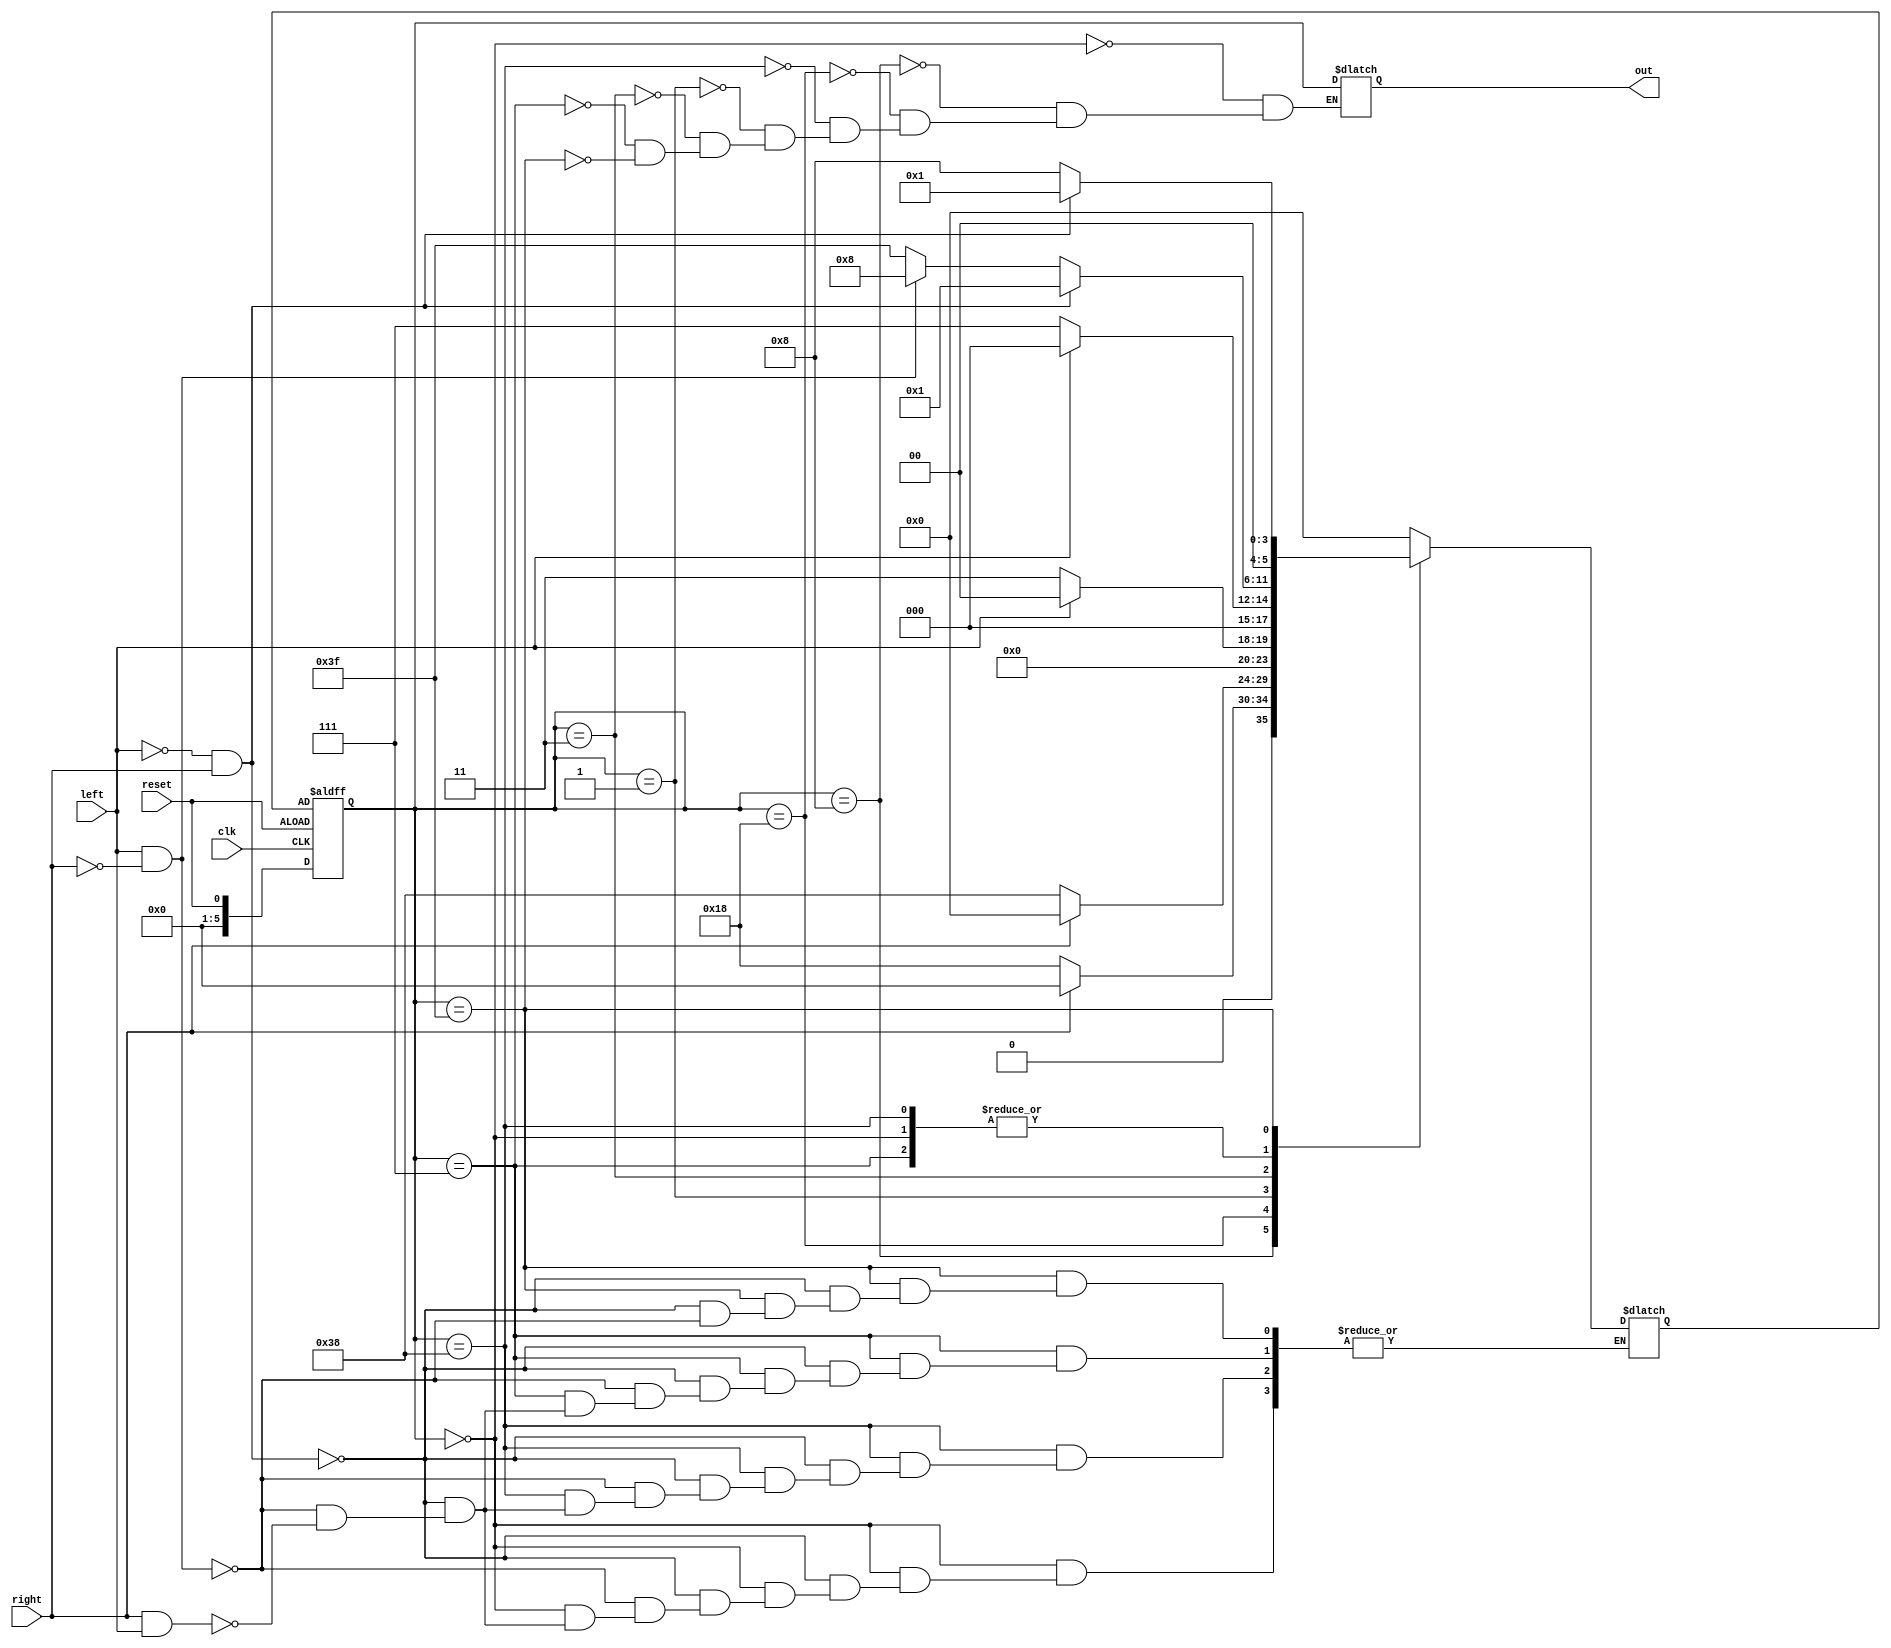
module thunderbird(left, right, reset, clk, out);
  input left, right, reset, clk;
  output reg[5:0] out;
  reg [5:0] state, n_state;

  // outputs
  parameter 
  R = 6'b000000, 
  LA = 6'b001000,
  LBLA = 6'b011000,
  LCLBLA = 6'b111000,
  RA = 6'b000001,
  RBRA = 6'b000011,
  RCRBRA = 6'b000111,
  LR = 6'b111111;

  always @ (posedge clk or negedge reset) 
  begin
    if(reset==1)
      state <= reset;
    else
      state <= n_state;
  end

  always @(right, left, state) 
  begin
    case(state)
      R: begin 
        // si l=0 y r=1 entonces n_state=RA, si l=1 y r=0 entonces n_state=LA, si ambos son 1 entonces n_state=LR
        out=state; if(left==1'b0 && right==1'b1) n_state=RA; else if(left==1'b1 && right==1'b0) n_state=LA; else if(right==1'b1 && left==1'b1) n_state=LR; 
      end
      LA: begin 
        // si r=0 entonces n_state=LBLA, si y r=1 entonces n_state=R
        out=state; if(right==1'b0) n_state=LBLA; else if(right==1'b1) n_state=R;
      end
      LBLA: begin 
        // si r=0 entonces n_state=LCLBLA si r=1 entonces n_state=R
        out=state; if(right==1'b0) n_state=LCLBLA; else if(right==1'b1) n_state=R; 
      end
      LCLBLA: begin 
        // si r=1 y l=0 entonces n_state=RA, si r=0 y l=1 n_state=LA, si ambos estn activos entonces n\_state=LR
        out=state; if(left==1'b0 && right==1'b1) n_state=RA; else if(left==1'b1 && right==1'b0) n_state=LA; else if(left==1'b1 && right==1'b1) n_state=LR;
      end
      RA: begin 
        // si l=0 entonces n_state=RBRA, si l=q n_state=R
        out=state; if(left==1'b0) n_state=RBRA; else if(left==1'b1) n_state=R;
      end
      RBRA: begin 
        // si l=0 entonces n_state=RCRBRA, si l=1 entonces n_state=R
        out=state; if(left==1'b0) n_state=RCRBRA; else if(left==1'b1) n_state=R; 
      end
      RCRBRA: begin 
        // si l=0 y r=1 entonces n_state=RA, si l=1 y r=0 entonces n_state=LA, si l=1 y r=1 entonces n_state=LR
        out=state; if(left==1'b0 && right==1'b1) n_state=RA; else if(left==1'b1 && right==1'b0) n_state=LA; else if(right==1'b1 && left==1'b1) n_state=LR;
      end
      LR: begin 
        // si l=0 y r=1 entonces n_state=RA, si l=1 y r=0 entonces n_state=LA
        out=state; if(left==1'b0 && right==1'b1) n_state=RA; else if(left==1'b1 && right==1'b0) n_state=LA;
      end
      default: n_state=R;  
    endcase
  end

endmodule